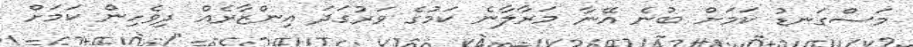
މަސްގަނޑު ކަމަށް ބުނެ އޭނާ މަރާލާނެ ކަމުގެ ވަރުގަދަ އިންޒާރެއް ދިވެހިން ކަމަށް